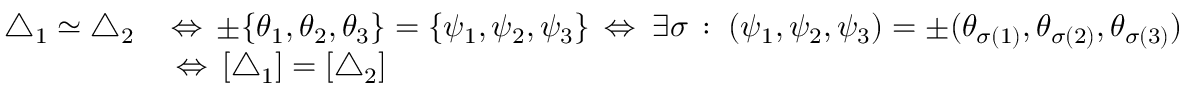
\begin{array} { r l } { { \triangle } _ { 1 } { \; \simeq \; } { \triangle } _ { 2 } \, } & { \Leftrightarrow \, \pm \{ \theta _ { 1 } , \theta _ { 2 } , \theta _ { 3 } \} = \{ \psi _ { 1 } , \psi _ { 2 } , \psi _ { 3 } \} \, \Leftrightarrow \; \exists \sigma \, : \; ( \psi _ { 1 } , \psi _ { 2 } , \psi _ { 3 } ) = \pm ( \theta _ { \sigma ( 1 ) } , \theta _ { \sigma ( 2 ) } , \theta _ { \sigma ( 3 ) } ) } \\ & { \, \Leftrightarrow \, [ { \triangle } _ { 1 } ] = [ { \triangle } _ { 2 } ] } \end{array}